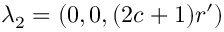
\lambda _ { 2 } = ( 0 , 0 , ( 2 c + 1 ) r ^ { \prime } )